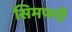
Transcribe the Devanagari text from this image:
सिमफ्नी